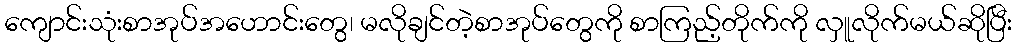
ကျောင်းသုံးစာအုပ်အဟောင်းတွေ၊ မလိုချင်တဲ့စာအုပ်တွေကို စာကြည့်တိုက်ကို လှူလိုက်မယ်ဆိုပြီး